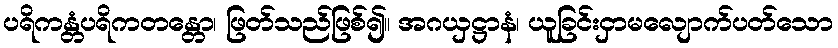
ပရိကန္တံပရိကတန္တော၊ ဖြတ်သည်ဖြစ်၍။ အဂယှဋ္ဌာနံ၊ ယူခြင်းငှာမလျောက်ပတ်သော